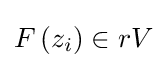
F\left(z_{i}\right)\in rV